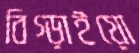
বিগ্‌ড়াইয়ো